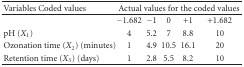
| Variables Coded values | <COLSPAN=5> Actual values for the coded values |
 | --- | --- | --- | --- | --- | --- |
 |  | −1.682 | −1 | 0 | +1 | +1.682 |
 | pH (X1) | 4 | 5.2 | 7 | 8.8 | 10 |
 | Ozonation time (X2) (minutes) | 1 | 4.9 | 10.5 | 16.1 | 20 |
 | Retention time (X3) (days) | 1 | 2.8 | 5.5 | 8.2 | 10 |